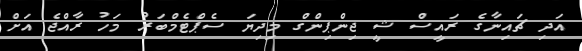
އަދި ޗައިނާގެ ރައީސް ޝީ ޖިންޕިންގް މިދިޔަ ސެޕްޓެމްބަރު މަހު ރާއްޖެ އަށް